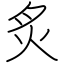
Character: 炙